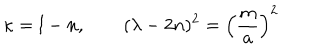
LaTeX: \kappa = l - n , \qquad ( \lambda - 2 n ) ^ { 2 } = \left( { \frac { m } { a } } \right) ^ { 2 }